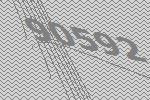
90592